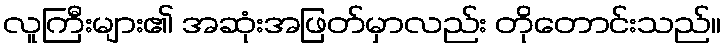
လူကြီးများ၏ အဆုံးအဖြတ်မှာလည်း တိုတောင်းသည်။